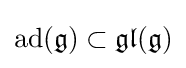
\operatorname {ad} ({\mathfrak {g}})\subset {\mathfrak {gl}}({\mathfrak {g}})